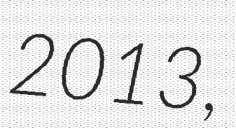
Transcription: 2013,